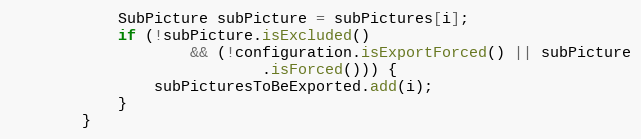
Language: Java
			SubPicture subPicture = subPictures[i];
			if (!subPicture.isExcluded()
					&& (!configuration.isExportForced() || subPicture
							.isForced())) {
				subPicturesToBeExported.add(i);
			}
		}